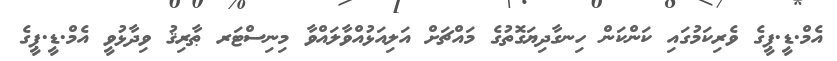
އެމް.ޑީ.ޕީގެ ވެރިކަމުގައި ކަންކަން ހިނގާދިޔަގޮތުގެ މައްޗަށް އަލިއަޅުއްވާލައްވާ މިނިސްޓަރ ޠާރިޤު ވިދާޅުވީ އެމް.ޑީ.ޕީގެ